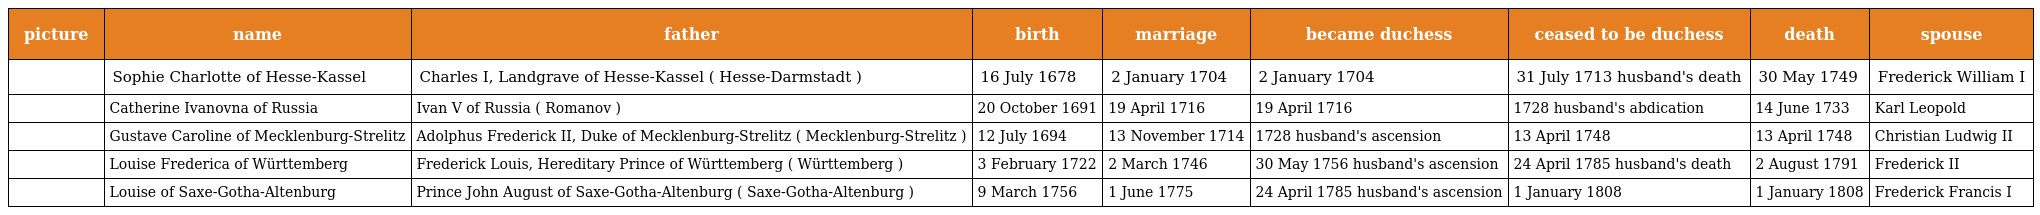
| picture | name | father | birth | marriage | became duchess | ceased to be duchess | death | spouse |
 | --- | --- | --- | --- | --- | --- | --- | --- | --- |
 |  | Sophie Charlotte of Hesse-Kassel | Charles I, Landgrave of Hesse-Kassel ( Hesse-Darmstadt ) | 16 July 1678 | 2 January 1704 | 2 January 1704 | 31 July 1713 husband's death | 30 May 1749 | Frederick William I |
 |  | Catherine Ivanovna of Russia | Ivan V of Russia ( Romanov ) | 20 October 1691 | 19 April 1716 | 19 April 1716 | 1728 husband's abdication | 14 June 1733 | Karl Leopold |
 |  | Gustave Caroline of Mecklenburg-Strelitz | Adolphus Frederick II, Duke of Mecklenburg-Strelitz ( Mecklenburg-Strelitz ) | 12 July 1694 | 13 November 1714 | 1728 husband's ascension | 13 April 1748 | 13 April 1748 | Christian Ludwig II |
 |  | Louise Frederica of Württemberg | Frederick Louis, Hereditary Prince of Württemberg ( Württemberg ) | 3 February 1722 | 2 March 1746 | 30 May 1756 husband's ascension | 24 April 1785 husband's death | 2 August 1791 | Frederick II |
 |  | Louise of Saxe-Gotha-Altenburg | Prince John August of Saxe-Gotha-Altenburg ( Saxe-Gotha-Altenburg ) | 9 March 1756 | 1 June 1775 | 24 April 1785 husband's ascension | 1 January 1808 | 1 January 1808 | Frederick Francis I |